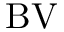
\mathrm { B V }